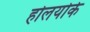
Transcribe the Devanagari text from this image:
होलयोके